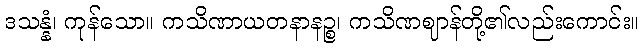
ဒသန္နံ၊ ကုန်သော။ ကသိဏာယတနာနဉ္စ၊ ကသိဏဈာန်တို့၏လည်းကောင်း။